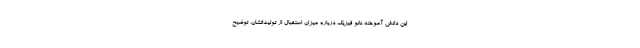
این دانش آموخته نانو فیزیک درباره میزان استقبال از تولیداتشان، توضیح